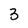
Character: 3